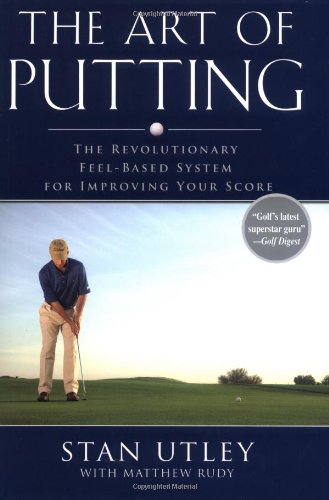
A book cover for The Art of Putting: The Revolutionary Feel-Based System for Improving Your Score; Stan Utley; Sports & Outdoors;